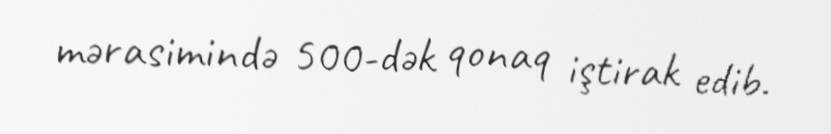
mərasimində 500-dək qonaq iştirak edib.